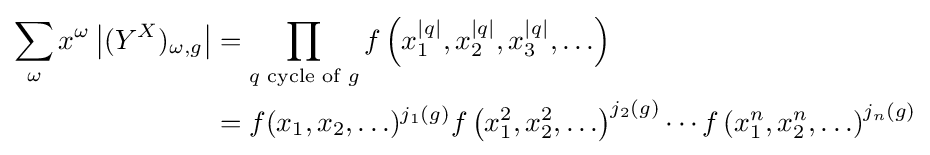
{\begin{aligned}\sum _{\omega }x^{\omega }\left|(Y^{X})_{\omega ,g}\right|&=\prod _{q{\text{ cycle of }}g}f\left(x_{1}^{|q|},x_{2}^{|q|},x_{3}^{|q|},\ldots \right)\\&=f(x_{1},x_{2},\ldots )^{j_{1}(g)}f\left(x_{1}^{2},x_{2}^{2},\ldots \right)^{j_{2}(g)}\cdots f\left(x_{1}^{n},x_{2}^{n},\ldots \right)^{j_{n}(g)}\end{aligned}}